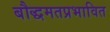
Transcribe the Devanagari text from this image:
बौद्धमतप्रभावित